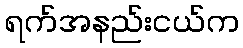
ရက်အနည်းငယ်က